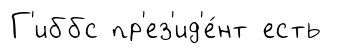
Г'иббс пр'ез'ид'е́нт есть